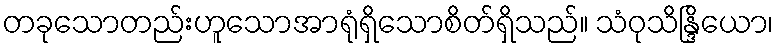
တခုသောတည်းဟူသောအာရုံရှိသောစိတ်ရှိသည်။ သံဝုသိန္ဒြိယော၊